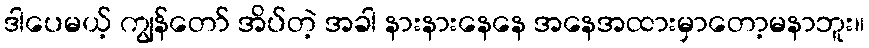
ဒါပေမယ့် ကျွန်တော် အိပ်တဲ့ အခါ နားနားနေနေ အနေအထားမှာတော့မနာဘူး။